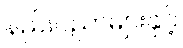
နည်းပညာများနှင့်